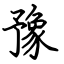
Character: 豫